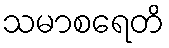
သမာစရေတိ